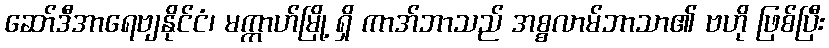
ဆော်ဒီအာရေဗျနိုင်ငံ၊ မက္ကာဟ်မြို့ ရှိ ကာအ်ဘာသည် အစ္စလာမ်ဘာသာ၏ ဗဟို ဖြစ်ပြီး